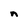
Character: n